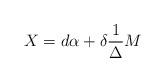
LaTeX: \begin{align*}X = d \alpha + \delta \frac{1}{\Delta} M\end{align*}